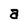
Character: a